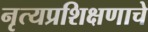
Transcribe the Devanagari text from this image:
नृत्यप्रशिक्षणाचे